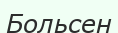
Больсен